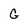
Character: G